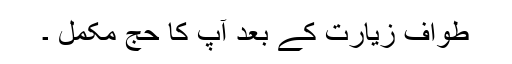
طواف زیارت کے بعد آپ کا حج مکمل ۔